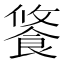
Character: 𩛢